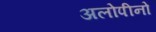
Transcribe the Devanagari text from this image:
अलोपीनो